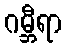
ဂမ္ဘီရာ